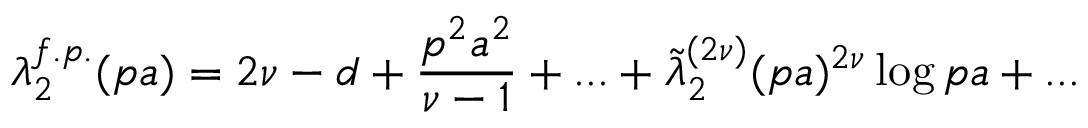
\lambda _ { 2 } ^ { f . p . } ( p a ) = 2 \nu - d + \frac { p ^ { 2 } a ^ { 2 } } { \nu - 1 } + . . . + \tilde { \lambda } _ { 2 } ^ { ( 2 \nu ) } ( p a ) ^ { 2 \nu } \log { p a } + . . .